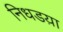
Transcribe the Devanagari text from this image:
निधडय़ा